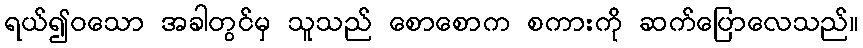
ရယ်၍ဝသော အခါတွင်မှ သူသည် စောစောက စကားကို ဆက်ပြောလေသည်။